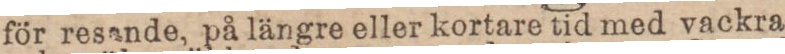
för resande, på längre eller kortare tid med vackra